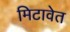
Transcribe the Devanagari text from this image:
मिटावेत